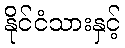
နိုင်ငံသားနှင့်